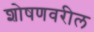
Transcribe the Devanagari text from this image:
शोषणवरील